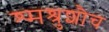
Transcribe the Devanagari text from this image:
श्मश्रुशौच